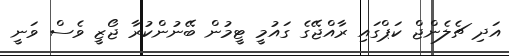
އަދި ޗެލެންޖް ކަޕްގައި ރާއްޖޭގެ ގައުމީ ޓީމުން ބޭނުންކުރާ ޖޯޒީ ވެސް ވަނީ